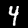
Label: 4